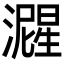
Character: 𬉚